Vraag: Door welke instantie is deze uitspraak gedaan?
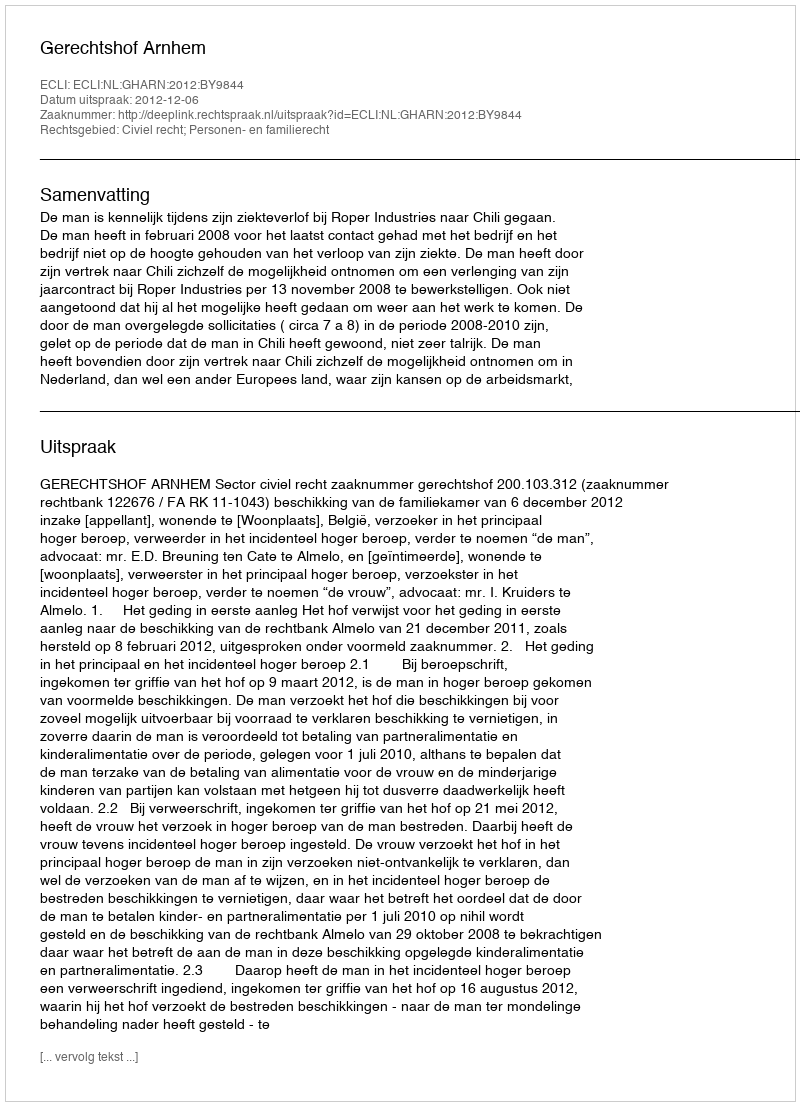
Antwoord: Gerechtshof Arnhem